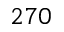
2 7 0